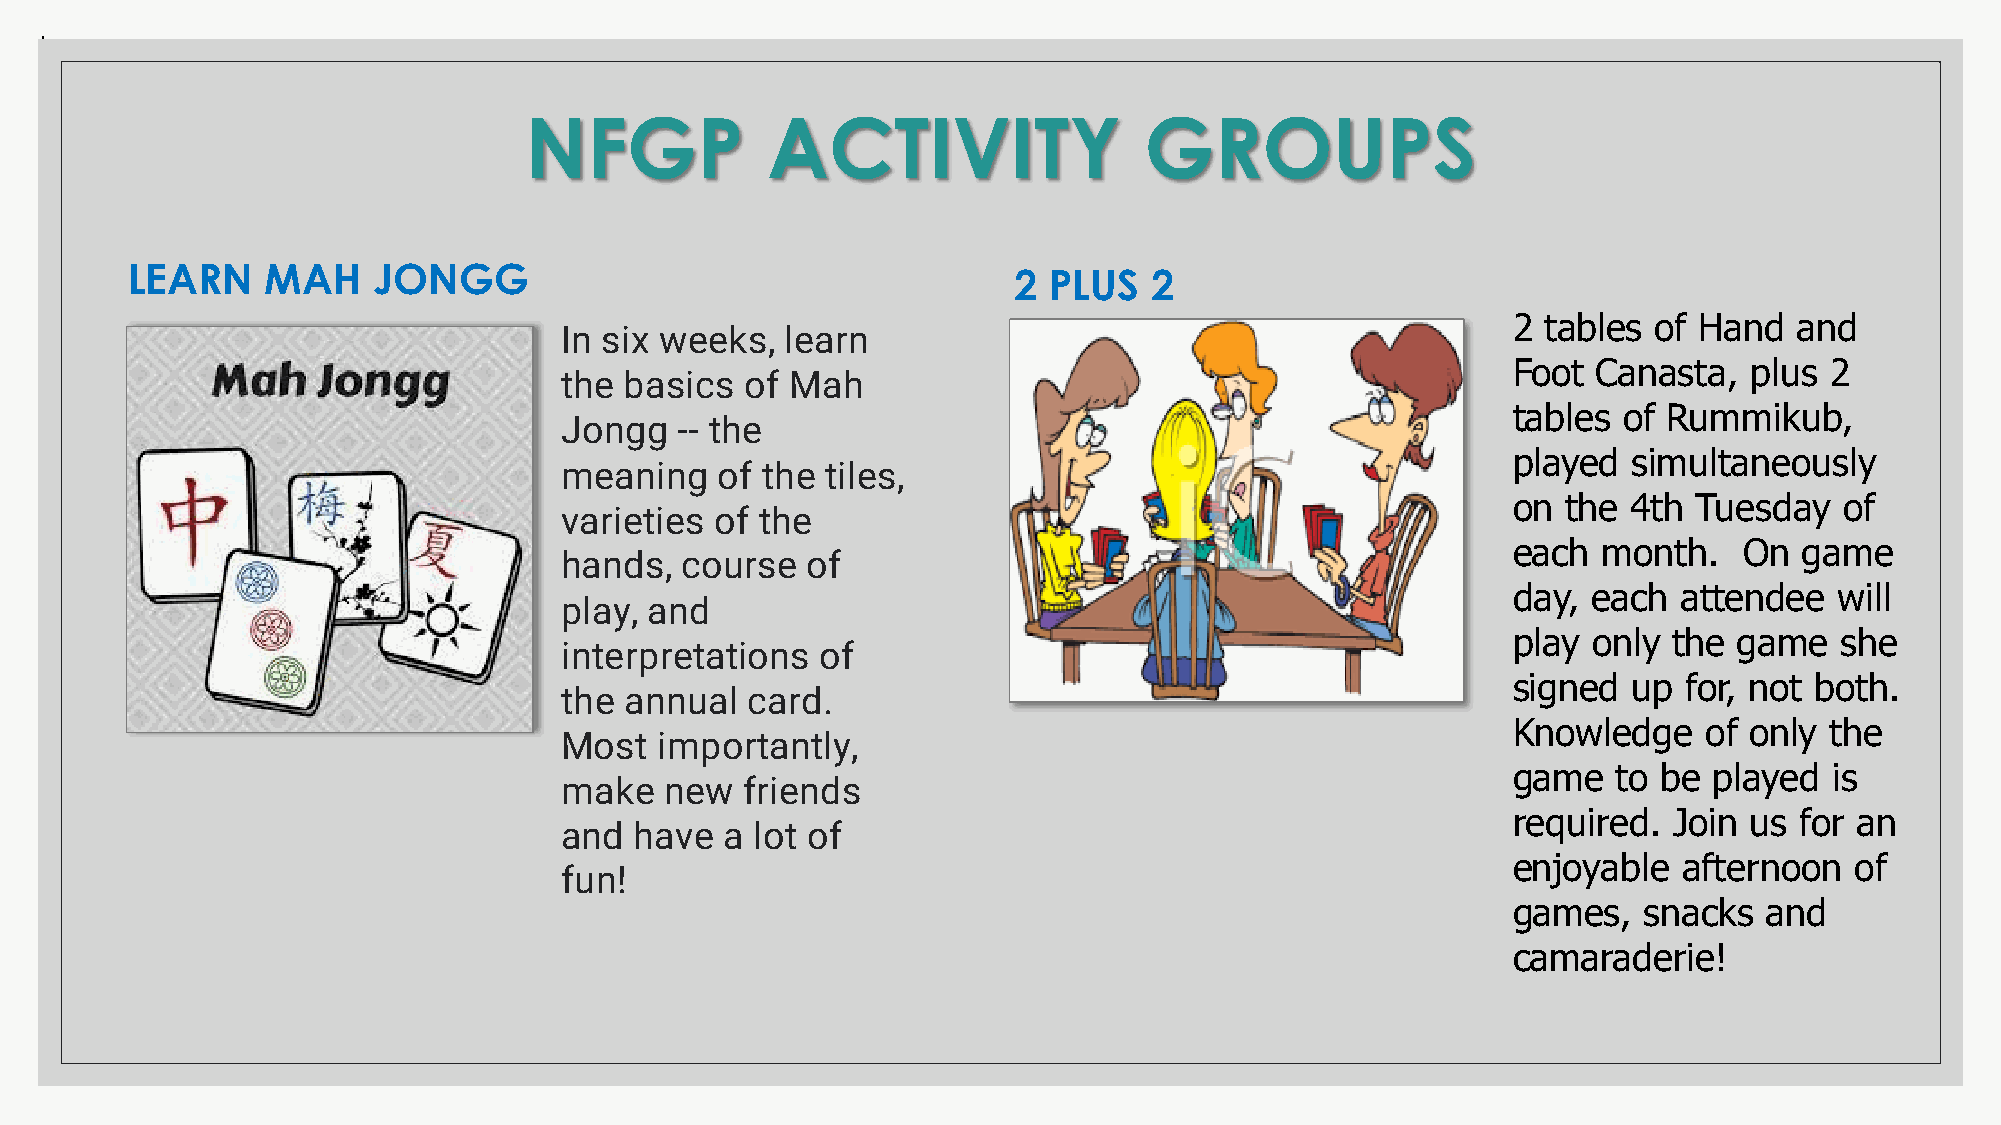
.
 NFGP            ACTIVITY                 GROUPS
 LEARN     MAH    JONGG                                     2 PLUS   2
 2 tables of Hand   and
 In six weeks,  learn
 Foot  Canasta,  plus 2
 the basics  of Mah
 tables of Rummikub,
 Jongg   -- the
 played  simultaneously
 meaning   of the  tiles,
 on  the 4th Tuesday   of
 varieties of the
 each  month.   On  game
 hands,  course  of
 day, each  attendee   will
 play, and
 play only  the game   she
 interpretations  of
 signed  up  for, not both.
 the annual  card.
 Knowledge    of only the
 Most   importantly,
 game   to be played  is
 make   new  friends
 required.  Join us for an
 and  have  a lot of
 enjoyable  afternoon   of
 fun!
 games,   snacks  and
 camaraderie!